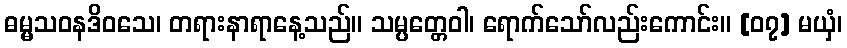
ဓမ္မသဝနဒိဝသေ၊ တရားနာရာနေ့သည်။ သမ္ပတ္တေဝါ၊ ရောက်သော်လည်းကောင်း။ [၀၇] မယှံ၊